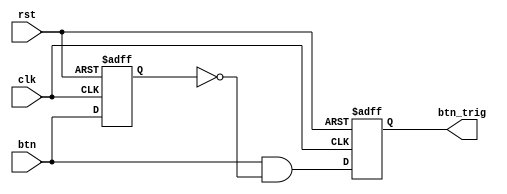
`timescale 1ns / 1ps
//////////////////////////////////////////////////////////////////////////////////
// Company: 
// Engineer: 
// 
// Design Name: 
// Module Name: oneshot
// Project Name: 
// Target Devices: 
// Tool Versions: 
// Description: 
// 
// Dependencies: 
// 
// Revision:
// Revision 0.01 - File Created
// Additional Comments:
// 
//////////////////////////////////////////////////////////////////////////////////


module oneshot(clk,rst,btn,btn_trig);
input clk,rst,btn;
reg btn_reg;
output reg btn_trig;

always @(negedge rst or posedge clk) begin
    if(!rst) begin
        btn_reg<=0;
        btn_trig<=0;
    end
    else begin
        btn_reg<=btn;
        btn_trig<=btn&~btn_reg;
    end
end
endmodule